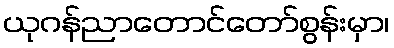
ယုဂန်ညာတောင်တော်စွန်းမှာ၊